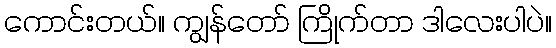
ကောင်းတယ်။ ကျွန်တော် ကြိုက်တာ ဒါလေးပါပဲ။